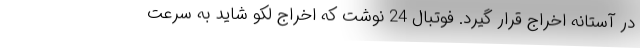
در آستانه اخراج قرار گیرد. فوتبال 24 نوشت که اخراج لکو شاید به سرعت